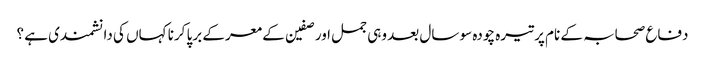
دفاع صحابہ کے نام پر تیرہ چودہ سو سال بعد وہی جمل اور صفین کے معرکے برپا کرنا کہاں کی دانشمندی ہے ؟